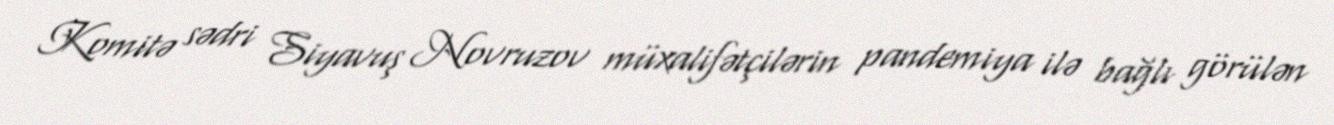
Komitə sədri Siyavuş Novruzov müxalifətçilərin pandemiya ilə bağlı görülən